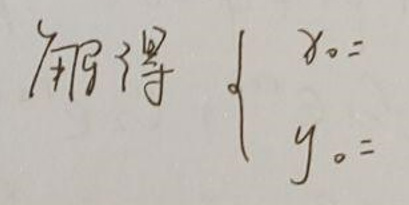
解得$\left\{\begin{array}{l}x_{0}=\\y_{0}=\end{array}\right.$